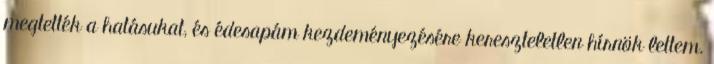
megtették a hatásukat, és édesapám kezdeményezésére kereszteletlen hírnök lettem.